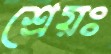
শ্রেয়ঃ